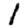
Digit: 1